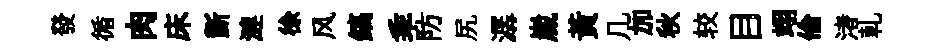
發循肉床斵漣徐风鎬乖防尻潺嵗黃几加秋较目翊倫渚乹